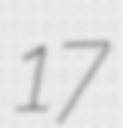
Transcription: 17